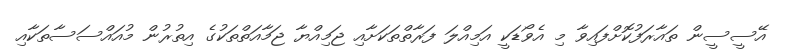
އޭސީސީން ތައާރަފުކޮށްފައިވާ މި އެވޯޑަކީ އަމިއްލަ ފަރާތްތަކަށާއި ޖަމިއްޔާ ޖަމާއަތްތަކުގެ އިތުރުން މުއައްސަސާތަކާއި